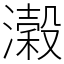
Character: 濲